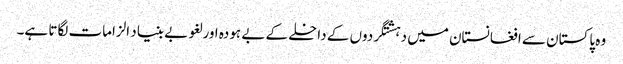
وہ پاکستان سے افغانستان میں دہشتگردوں کے داخلے کے بے ہودہ اور لغو بے بنیاد الزامات لگاتا ہے۔